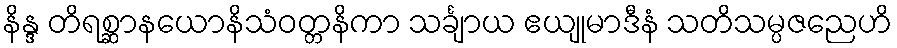
နိန္ဒ တိရစ္ဆာနယောနိသံဝတ္တနိကာ သင်္ချာယ ဧယျုမာဒီနံ သတိသမ္ပဇညေဟိ